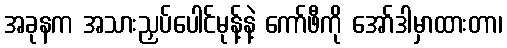
အခုနက အသားညှပ်ပေါင်မုန့်နဲ့ ကော်ဖီကို အော်ဒါမှာထားတာ၊